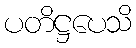
ပတိဋ္ဌပေသိ